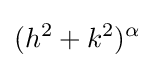
(h^{2}+k^{2})^{\alpha }